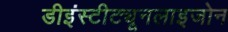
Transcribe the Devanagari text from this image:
डीइंस्टीट्यूनलाइजोन